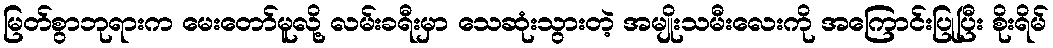
မြတ်စွာဘုရားက မေးတော်မူလို့ လမ်းခရီးမှာ သေဆုံးသွားတဲ့ အမျိုးသမီးလေးကို အကြောင်းပြုပြီး စိုးရိမ်